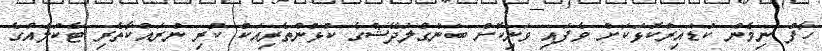
ހާފު ނިމެން ކުޑައިރުކޮޅަކަށް ވެފައި ވަނިކޮށް ބަންގްލަދޭޝްގެ ކުޅުންތެރިއަކު ކުރި ނުރައްކާތެރި ޓެކުލެއްގެ